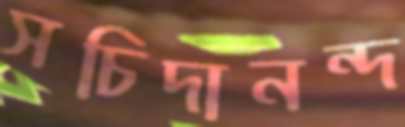
সচিদানন্দ